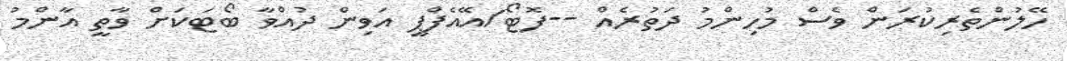
ހޭލުންތެރިކުރަން ވެސް މުހިންމު ދަތުރެއް --ފޮޓޯ/އޭއެފްޕީ އަވިން ދުއްވާ ބޯޓަކަށް ވާތީ އާންމު